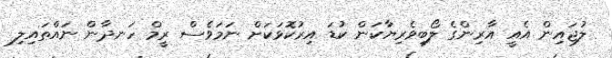
ލުޖައިން އެއީ އާރިންގެ ލޯބިވެރިޔާކަން ކުޑަ އިރުކޮޅަކަށް ނަމަވެސް ރީމް ހަނދާން ނައްތައިލި